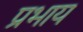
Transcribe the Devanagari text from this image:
प्रभाय